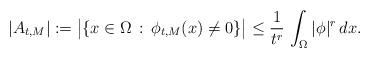
LaTeX: \begin{align*}|A_{t,M}|:=\big|\{x\in \Omega\, :\,\phi_{t,M}(x)\not=0\}\big|\le \frac{1}{t^{r}}\,\int_\Omega |\phi|^{r}\,dx.\end{align*}